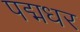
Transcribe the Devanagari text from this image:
पद्मधर